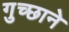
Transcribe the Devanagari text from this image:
गुच्छाने